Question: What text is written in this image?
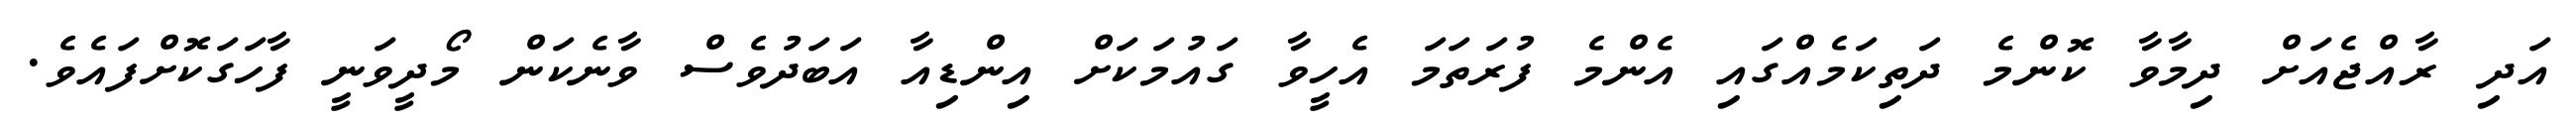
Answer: އަދި ރާއްޖެއަށް ދިމާވާ ކޮންމެ ދަތިކަމެއްގައި އެންމެ ފުރަތަމަ އެހީވާ ގައުމަކަށް އިންޑިއާ އަބަދުވެސް ވާނެކަން މޯދީވަނީ ފާހަގަކޮށްފައެވެ.